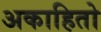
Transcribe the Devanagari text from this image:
अकाहितो